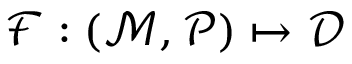
\mathcal { F } : ( \mathcal { M } , \mathcal { P } ) \mapsto \mathcal { D }